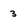
Character: 3